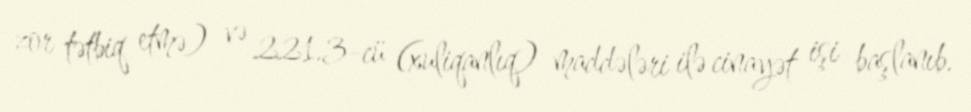
zor tətbiq etmə) və 221.3-cü (xuliqanlıq) maddələri ilə cinayət işi başlanıb.